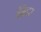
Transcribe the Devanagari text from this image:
ब्रिद्गर